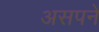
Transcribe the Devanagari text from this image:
असपने